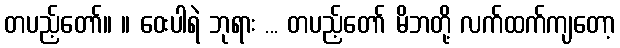
တပည့်တော်။ ။ ဝေးပါရဲ ဘုရား ... တပည့်တော် မိဘတို့ လက်ထက်ကျတော့